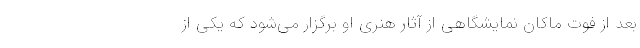
بعد از فوت ماکان نمایشگاهی از آثار هنری او برگزار می‌شود که یکی از